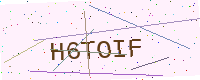
Text: H6TOIF